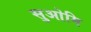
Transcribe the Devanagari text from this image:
सुओमि